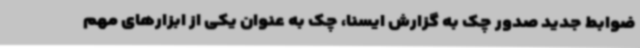
ضوابط جدید صدور چک به گزارش ایسنا، چک به عنوان یکی از ابزارهای مهم